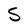
Character: S